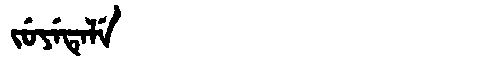
Manchu: ᠵᡠᠶᡝᡨᡝᠯᡝ
Romanization: JUYETELE